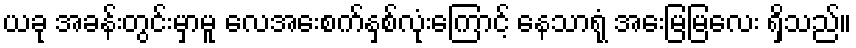
ယခု အခန်းတွင်းမှာမူ လေအေးစက်နှစ်လုံးကြောင့် နေသာရုံ အေးမြမြလေး ရှိသည်။